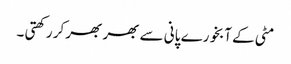
مٹی کے آبخورے پانی سے بھر بھر کر رکھتی ۔